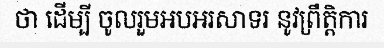
ថា ដើម្បី ចូលរួមអបអរសាទរ នូវព្រឹត្តិការ